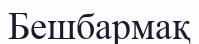
Бешбармақ